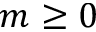
m \geq 0